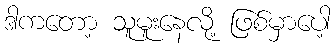
ဒါကတော့ သူမူးနေလို့ ဖြစ်မှာပေါ့